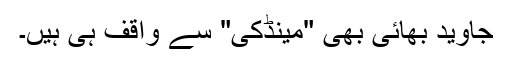
جاوید بھائی بھی "مینڈکی" سے واقف ہی ہیں۔